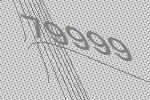
79999